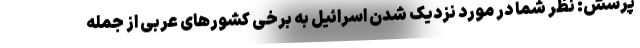
پرسش: نظر شما در مورد نزدیک شدن اسرائیل به برخی کشورهای عربی از جمله